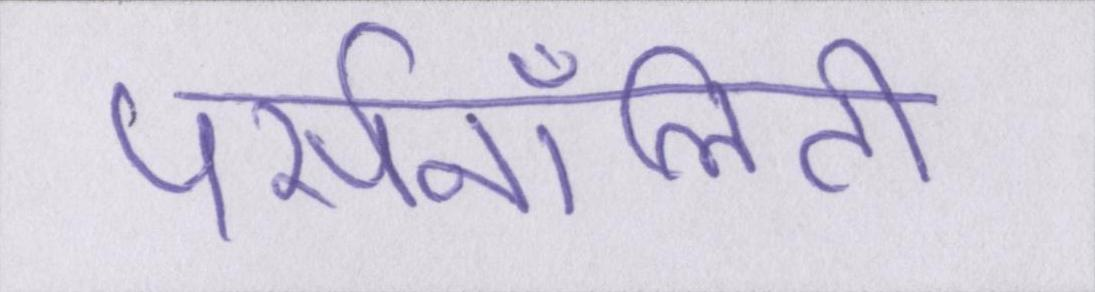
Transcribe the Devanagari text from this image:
पर्सनॉलिटी